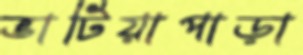
ভাটিয়াপাড়া